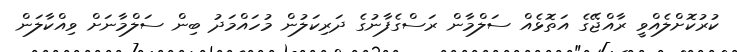
ކުރުކޮށްލެއްވީ ރާއްޖޭގެ އަތޮޅެއް ސަލްމާން ރަސްގެފާނުގެ ދަރިކަލުން މުހައްމަދު ބިން ސަލްމާނަށް ވިއްކާލަން